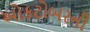
ઓકટોબરની